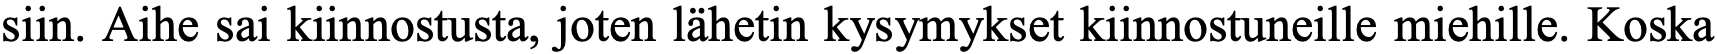
siin. Aihe sai kiinnostusta, joten lähetin kysymykset kiinnostuneille miehille. Koska